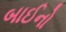
બાઈનો